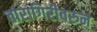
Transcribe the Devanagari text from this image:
तारागिरीवरुन